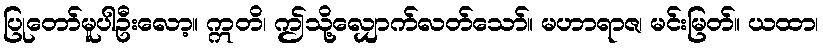
ပြုတော်မူပါဦးလော့။ ဣတိ၊ ဤသို့လျှောက်လတ်သော်။ မဟာရာဇ၊ မင်းမြတ်။ ယထာ၊